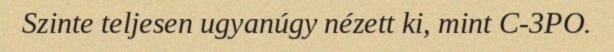
Szinte teljesen ugyanúgy nézett ki, mint C-3PO.